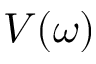
V ( \omega )